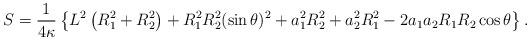
LaTeX: \begin{align*}S= {1\over 4\kappa} \left\{ L^2\left(R_1^2+R_2^2\right)+R_1^2R_2^2(\sin\theta)^2+ a_1^2R_2^2+ a_2^2R_1^2- 2a_1 a_2 R_1R_2\cos\theta\right\}.\end{align*}